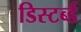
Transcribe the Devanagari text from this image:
डिस्टर्ब्ड